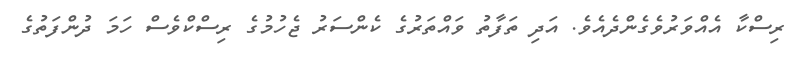
ރިސްކާ އެއްވަރުވެގެންދެއެވެ. އަދި ތަފާތު ވައްތަރުގެ ކެންސަރު ޖެހުމުގެ ރިސްކްވެސް ހަމަ ދުންފަތުގެ